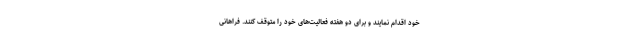
خود اقدام نمایند و برای دو هفته فعالیت‌های خود را متوقف کنند. فراهانی